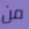
من